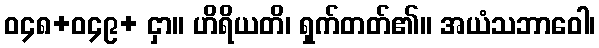
ဝ၄၈+ဝ၄၉+ ငှာ။ ဟိရိယတိ၊ ရှက်တတ်၏။ အယံသဘာဝေါ၊